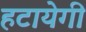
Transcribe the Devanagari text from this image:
हटायेगी